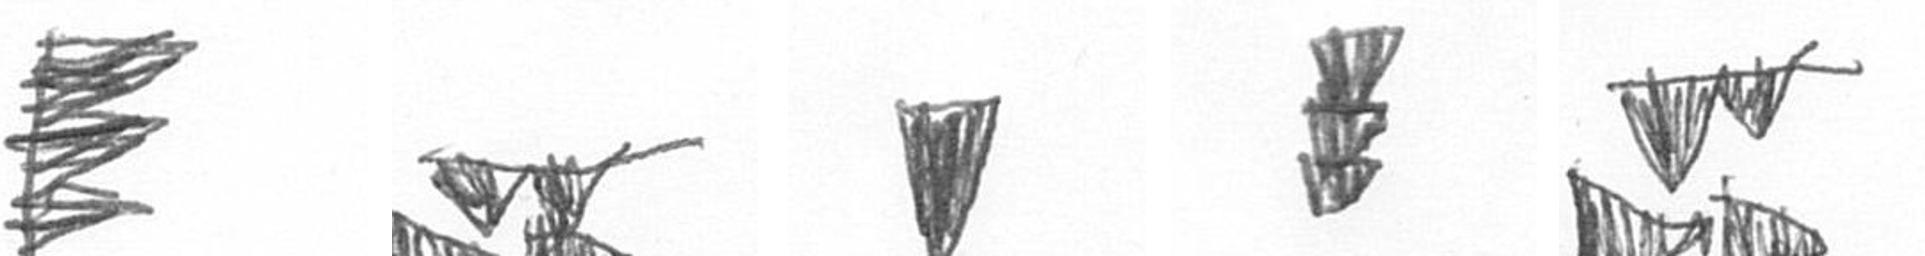
H B J E B